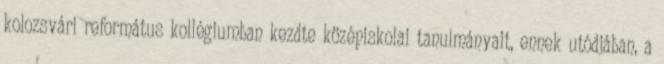
kolozsvári református kollégiumban kezdte középiskolai tanulmányait, ennek utódjában, a